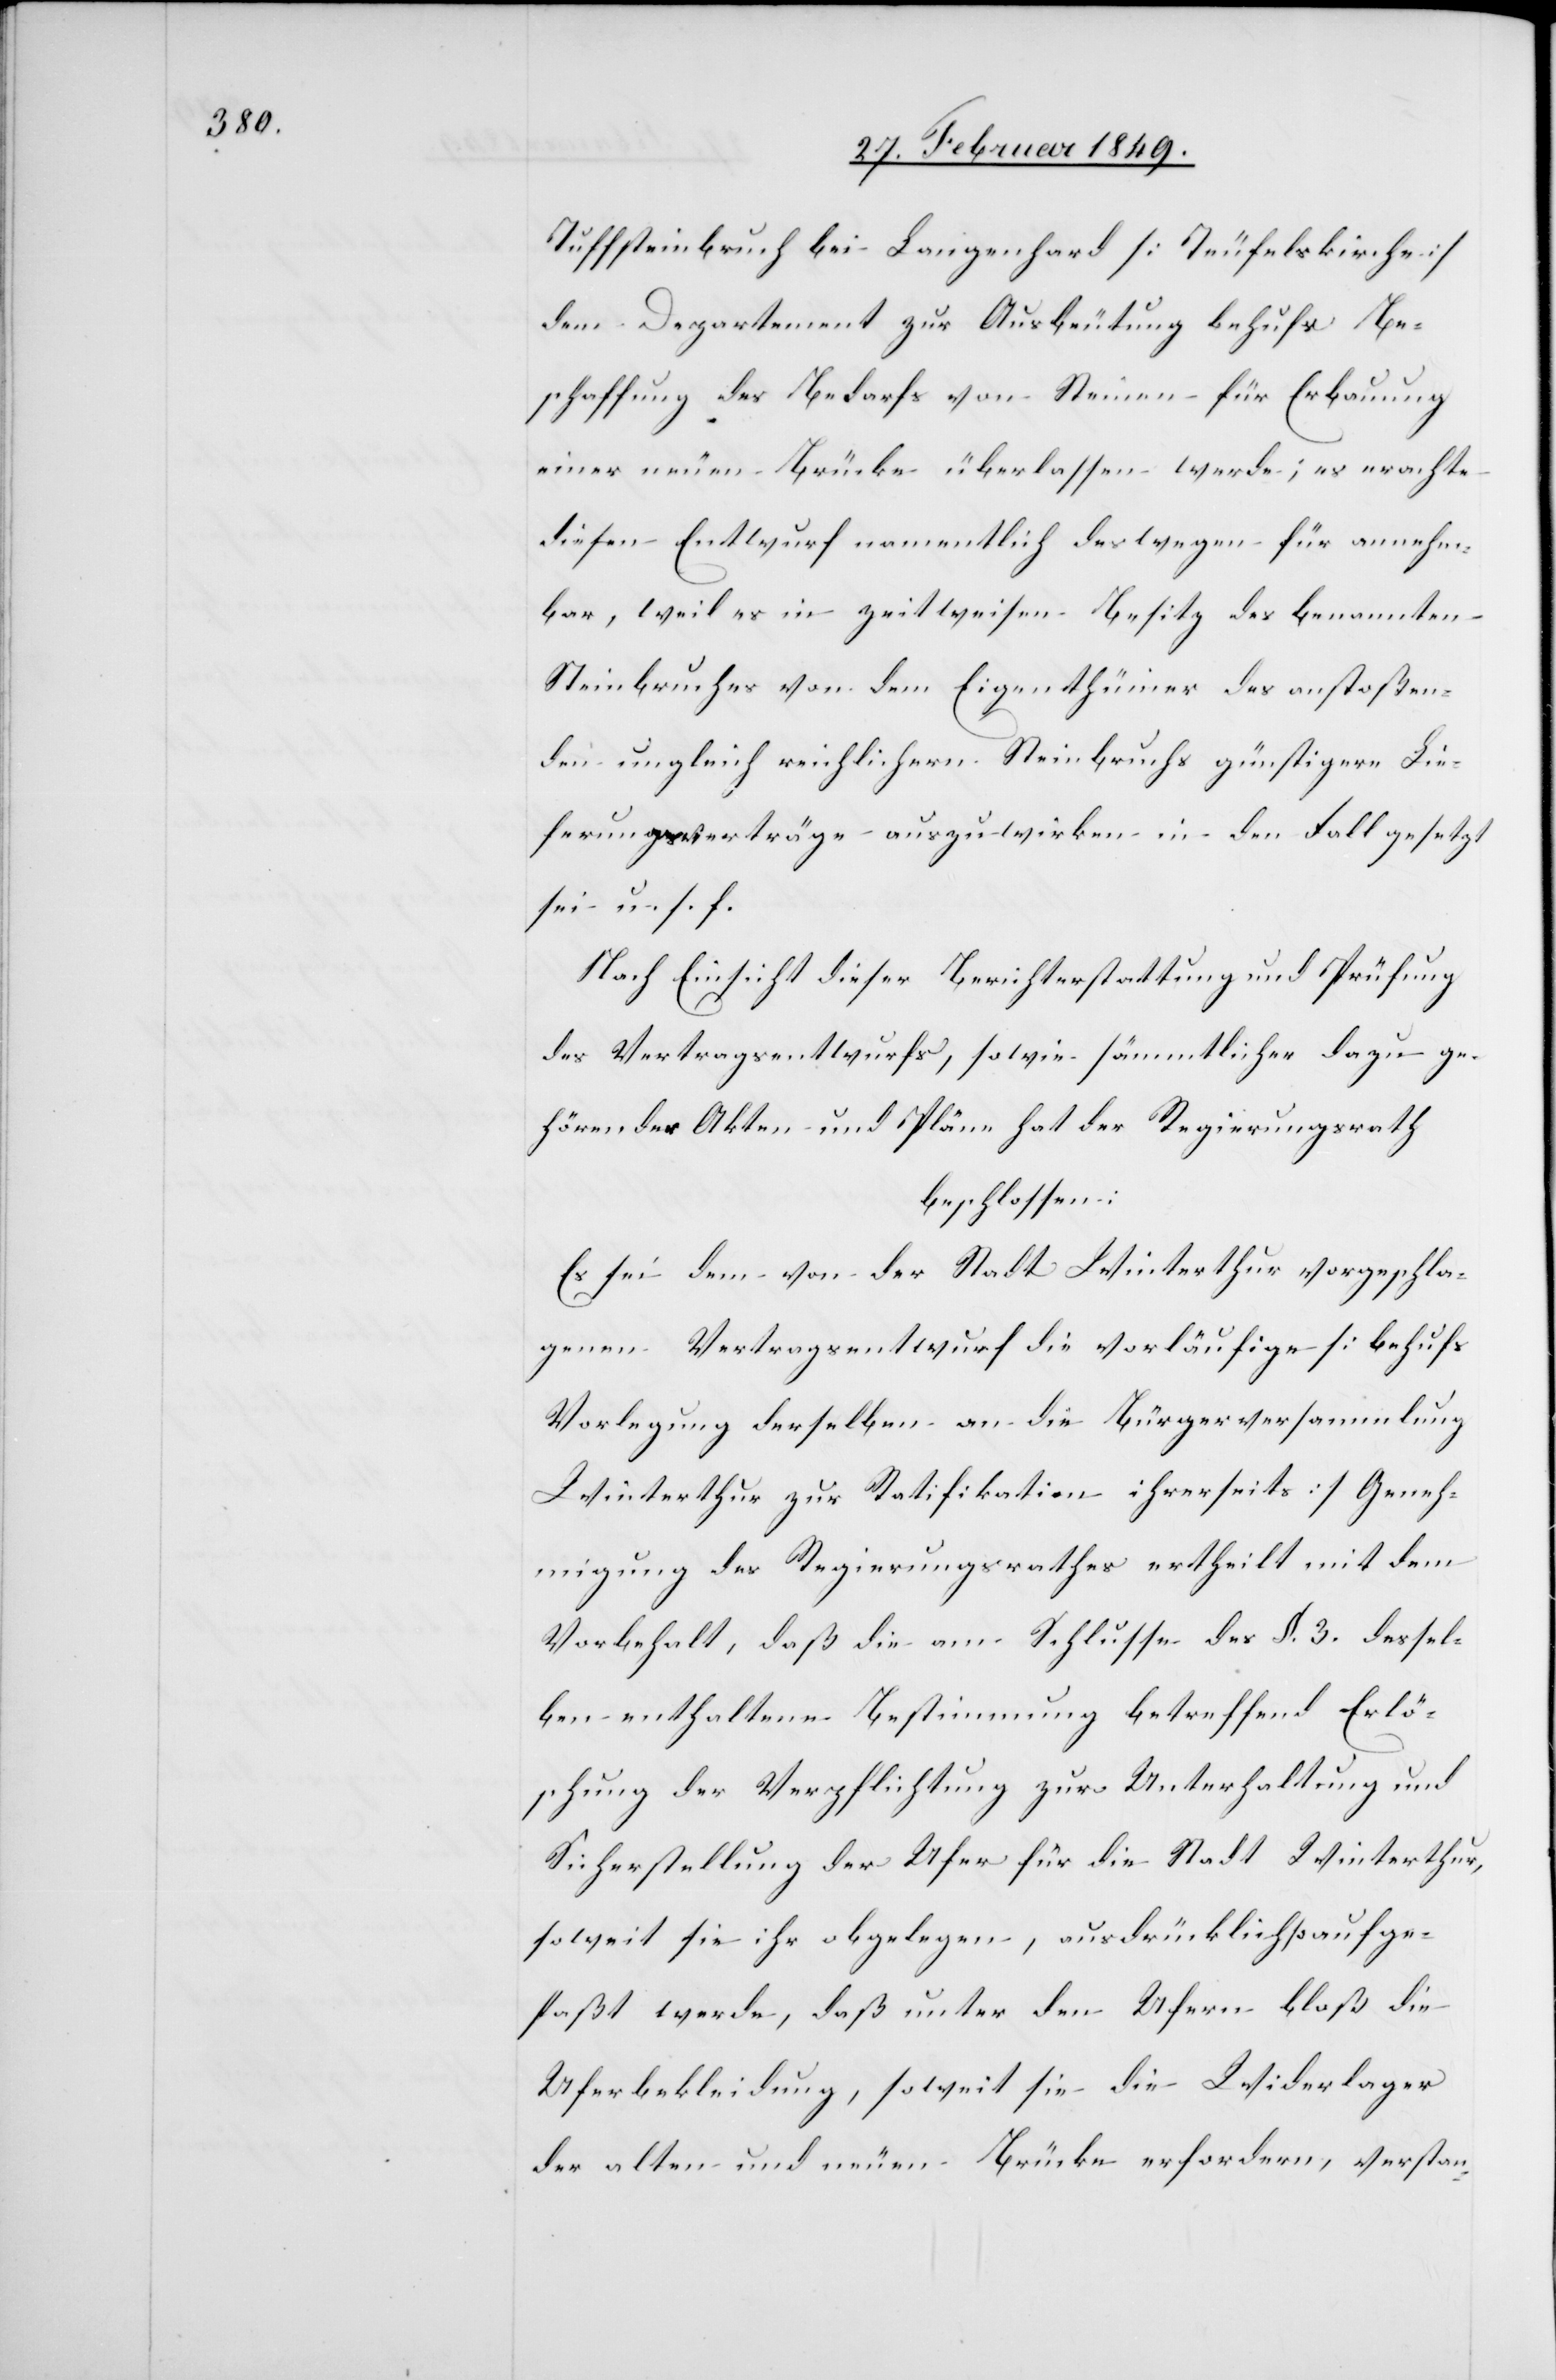
Tuffsteinbruch bei Langenhard [Teufelskirche]
dem Departement zur Ausbeutung behufs Be¬
schaffung des Bedarfs von Steinen für Erbauung
einer neuen Brücke überlassen werde; es erachte
diesen Entwurf namentlich deswegen für annehm¬
bar, weil es in zeitweisen Besitz des benannten
Steinbruches von dem Eigenthümer des anstoßen¬
den ungleich reichlichern Steinbruchs günstigere Lie¬
ferungsverträge anuszuwirken in den Fall gesetzt
sei u. s. f.
Nach Einsicht dieser Berichterstattung und Prüfung
des Vertragsentwurfs, sowie sämmtlicher dazu ge¬
hörender Akten und Pläne hat der Regierungsrath
beschlossen:
Es sei dem von der Stadt Winterthur vorgeschla¬
genen Vertragsentwurf die vorläufige [behufs
Vorlegung derselben an die Bürgerversammlung
Winterthur zur Ratifikation ihrerseits] Geneh¬
migung des Regierungsrathes ertheilt mit dem
Vorbehalt, daß die am Schlusse des §. 3. dessel¬
ben enthaltene Bestimmung betreffend Erlö¬
schung der Verpflichtung zur Unterhaltung und
Sicherstellung der Ufer für die Stadt Winterthur,
soweit sie ihr obgelegen, ausdrücklich so aufge¬
faßt werde, daß unter den Ufern bloß die
Uferbekleidung, soweit sie die Widerlager
der alten und neuen Brücke erfordern, verstan-